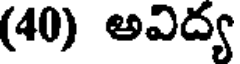
(40) అవిద్య